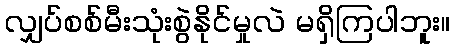
လျှပ်စစ်မီးသုံးစွဲနိုင်မှုလဲ မရှိကြပါဘူး။